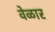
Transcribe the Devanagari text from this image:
वेळार